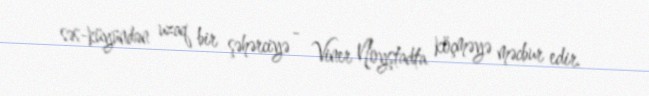
səs-küyündən uzaq bir şəhərciyə - Viner Noyştadta köçməyə məcbur edir.